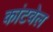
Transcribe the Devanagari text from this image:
कांटवेल